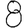
Digit: 8